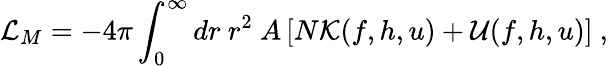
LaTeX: {\cal L}_{M}=-4\pi\int_{0}^{\infty}dr\ r^{2}\ A\left[N{\cal{K}}(f,h,u)+{\cal{U}}(f,h,u)\right]\ ,